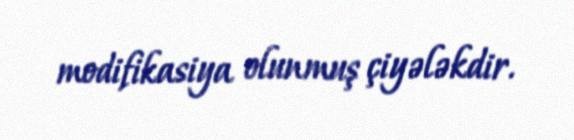
modifikasiya olunmuş çiyələkdir.